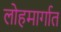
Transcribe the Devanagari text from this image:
लोहमार्गात